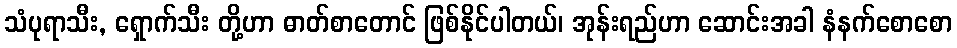
သံပုရာသီး, ရှောက်သီး တို့ဟာ ဓာတ်စာတောင် ဖြစ်နိုင်ပါတယ်၊ အုန်းရည်ဟာ ဆောင်းအခါ နံနက်စောစော